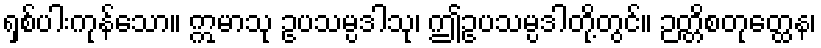
ရှစ်ပါးကုန်သော။ ဣမာသု ဥပသမ္ပဒါသု၊ ဤဥပသမ္ပဒါတို့တွင်။ ဉတ္တိစတုတ္ထေန၊